65_HS1-834228961_62-HQ-83894_Section_1
Agency: FBI
Page 78
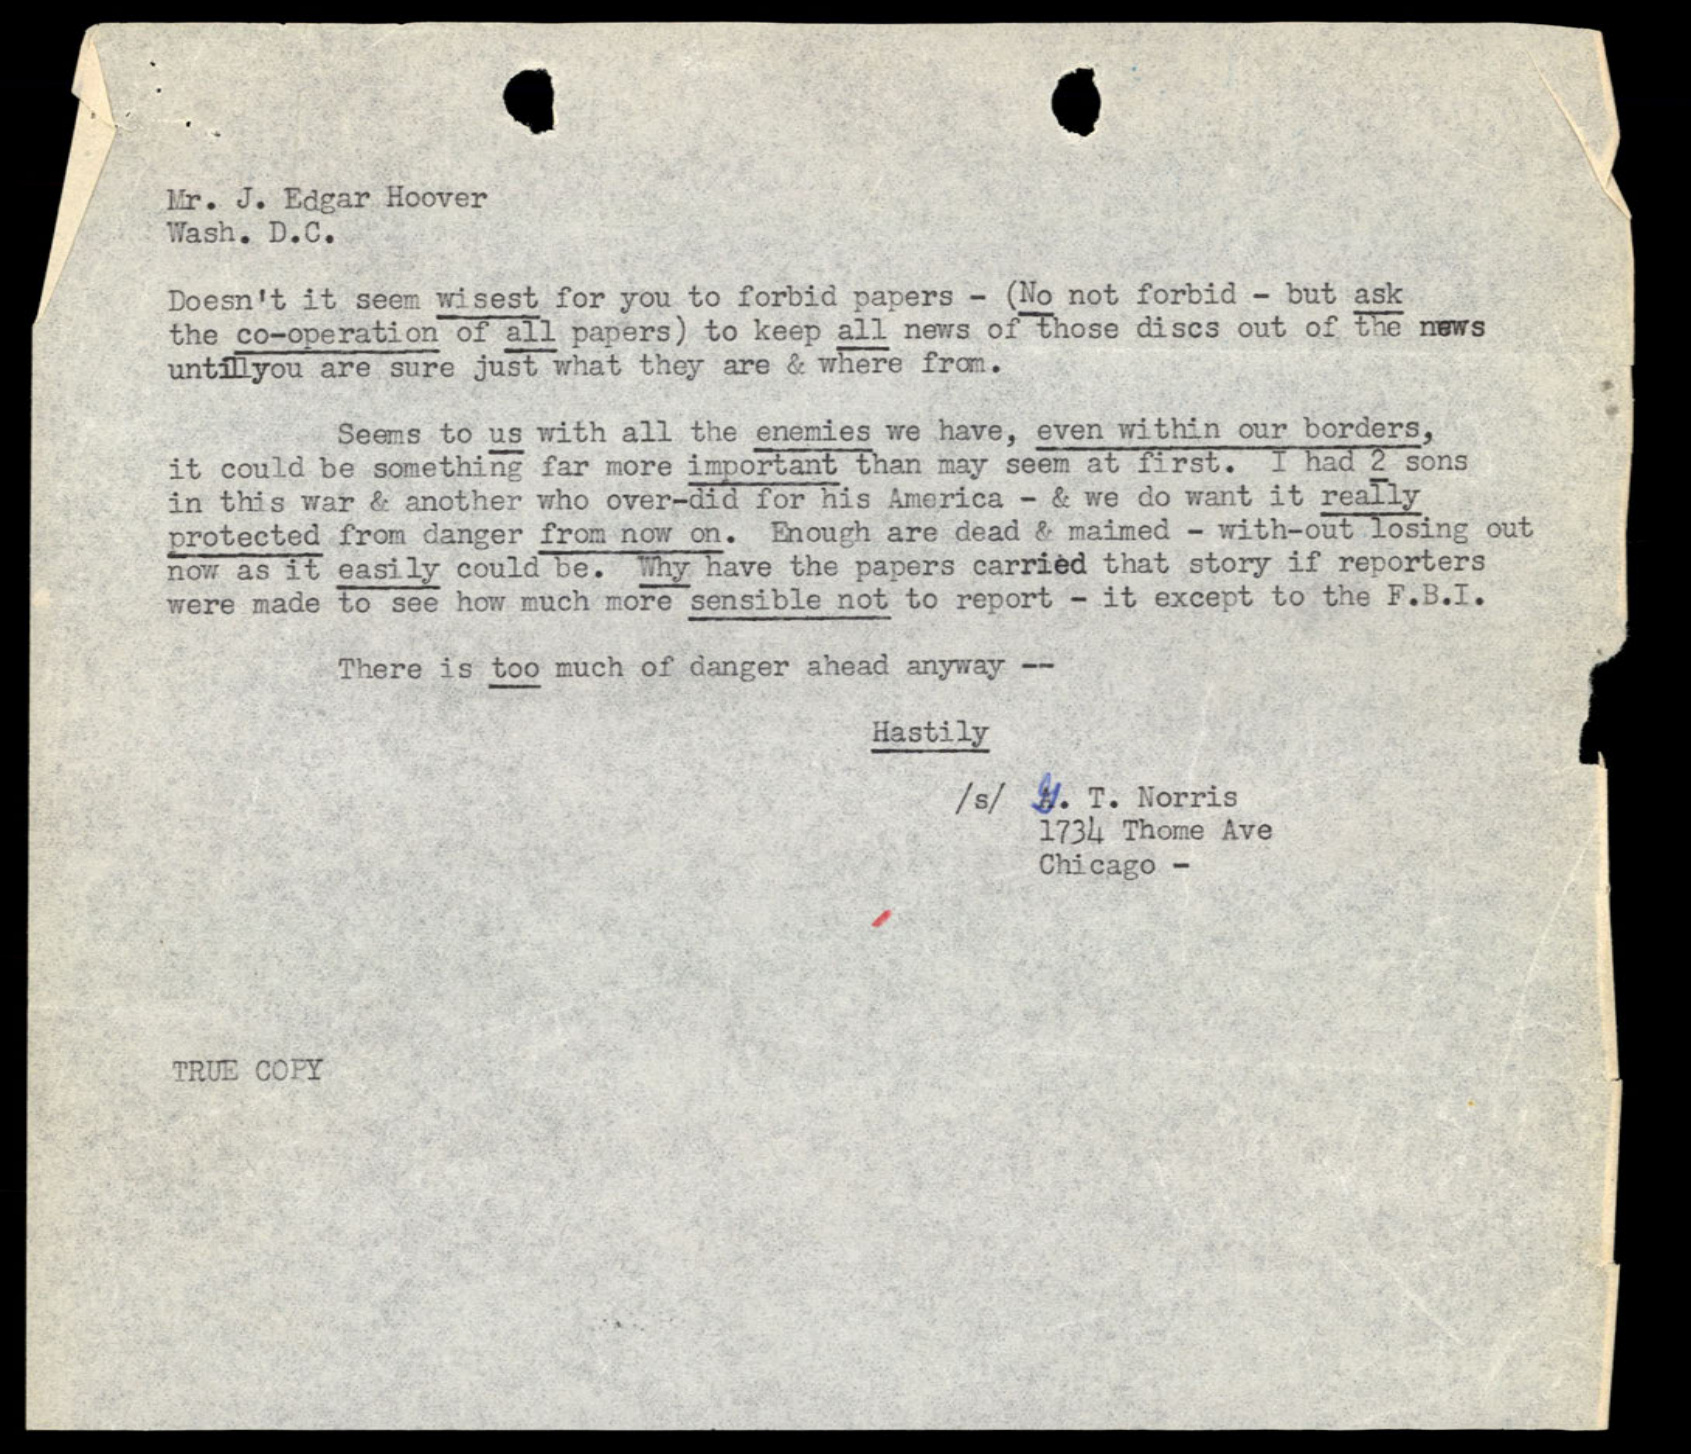